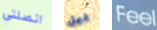
اتصلتي ديل Feel